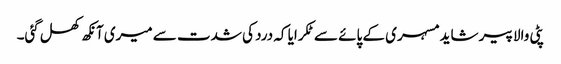
پٹی والا پیر شاید مسہری کے پائے سے ٹکرایا کہ درد کی شدت سے میری آنکھ کھل گئی۔